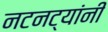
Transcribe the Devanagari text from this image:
नटनट्यांनी